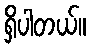
ရှိပါတယ်။